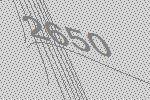
2650